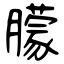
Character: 朦